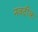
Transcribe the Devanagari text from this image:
नजदींक